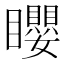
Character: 𥌽